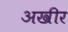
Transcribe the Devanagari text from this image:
अखीर